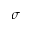
\sigma